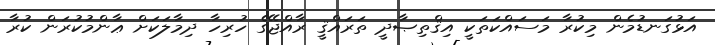
އަޅުގަނޑުމެން މިކުރާ މަސައްކަތަކީ އިޤްތިޞާދީ ތަރައްޤީ ރާއްޖޭގެ ހުރިހާ ދިމާލަކަށް ޢާންމުކުރަން ކުރާ